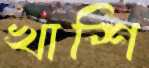
খাশি